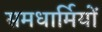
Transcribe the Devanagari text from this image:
समधार्मियों